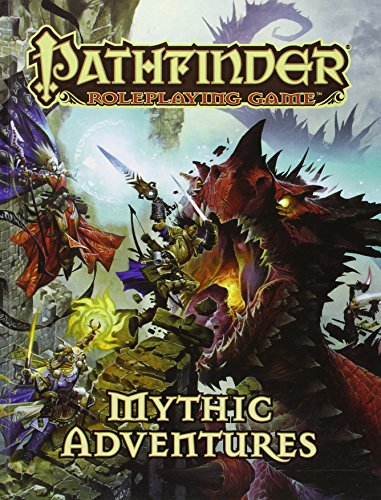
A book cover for Pathfinder Roleplaying Game: Mythic Adventures; Dennis Baker; Science Fiction & Fantasy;